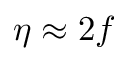
\eta \approx 2 f